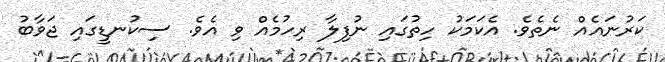
ކަރުނައެއް ނެތެވެ. އެކަމަކު ހިތުގައި ނުފިލާ ރިހުމެއް ވި އެވެ. ސިކުނޑީގައި ޖަވާބު